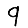
Digit: 9